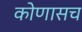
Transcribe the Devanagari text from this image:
कोणासच